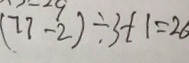
( 7 7 - 2 ) \div 3 + 1 = 2 6